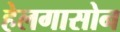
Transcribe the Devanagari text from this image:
हेलगासोन